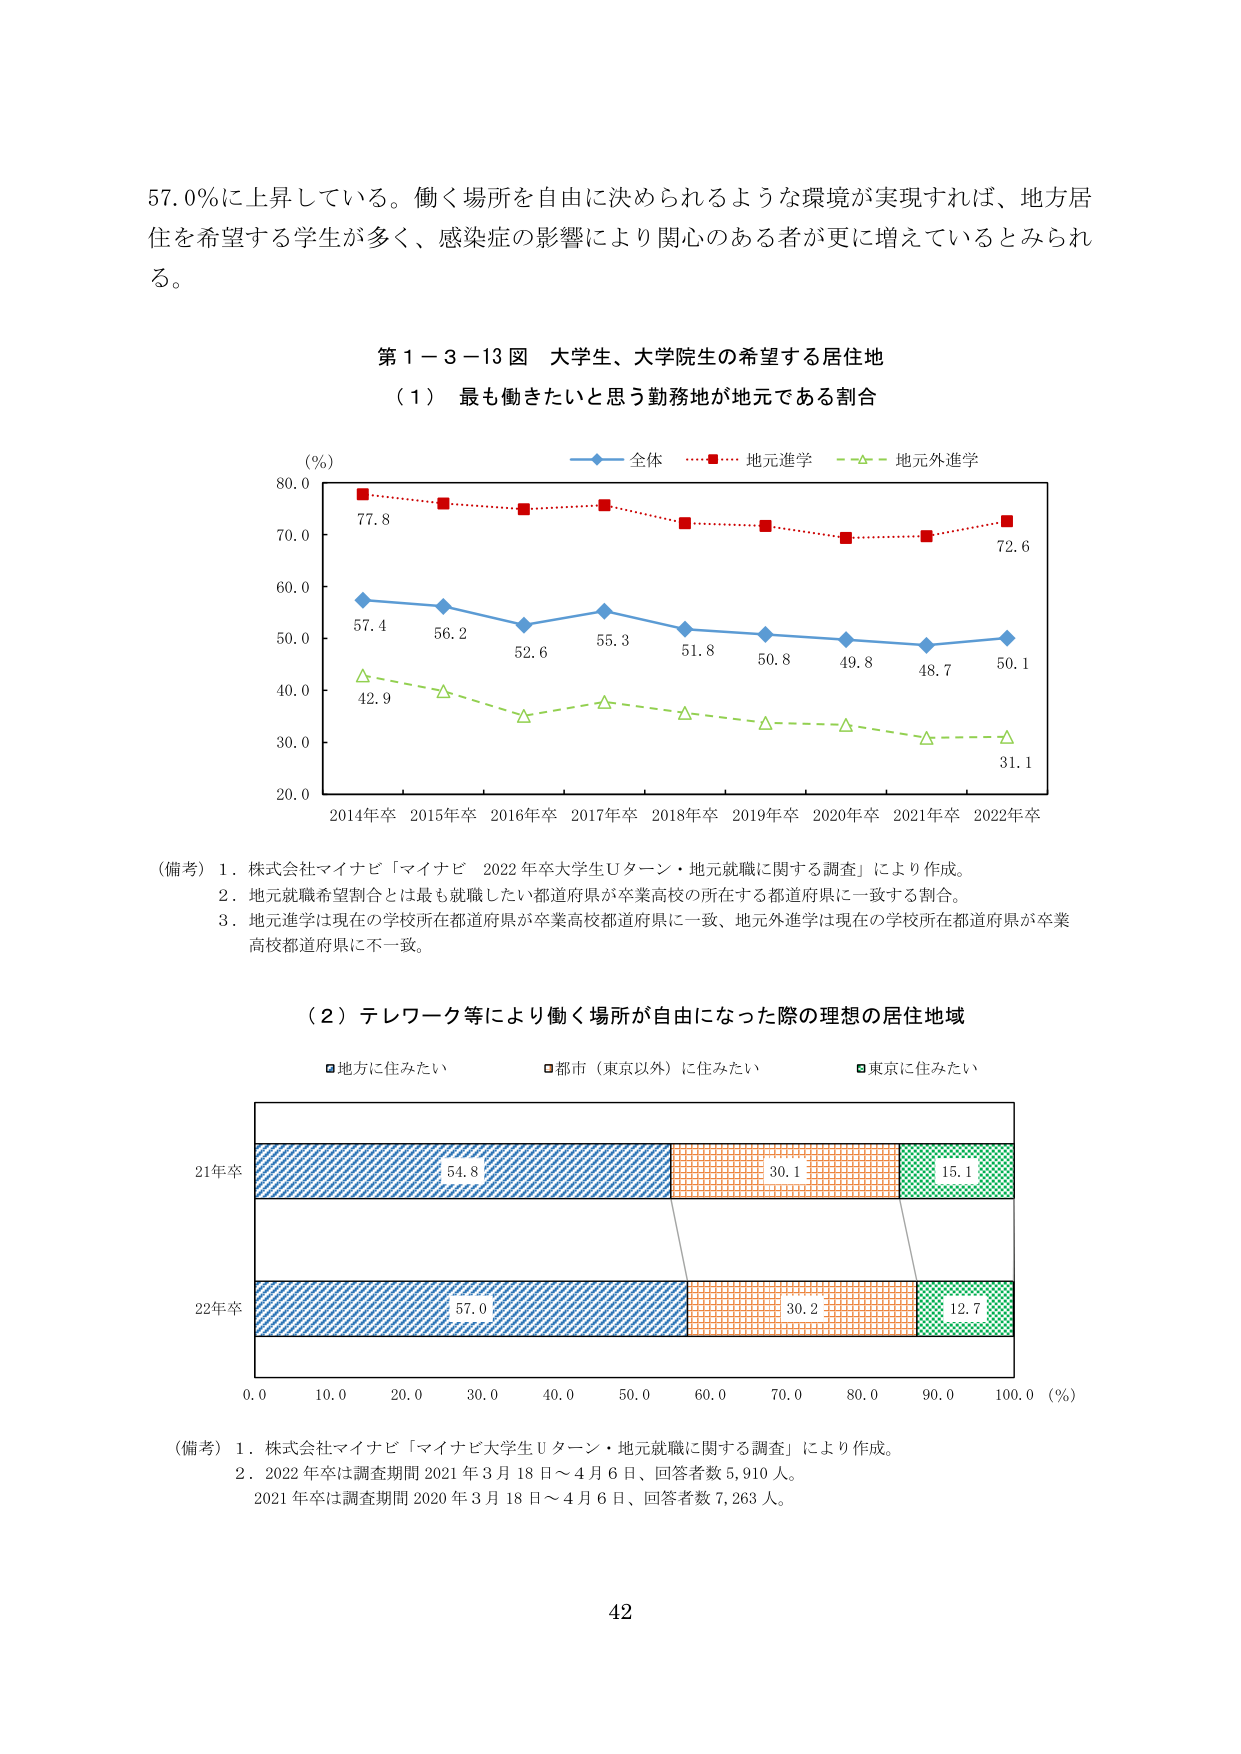
57.0%に上昇している。働く場所を自由に決められるような環境が実現すれば、地方居住を希望する学生が多く、感染症の影響により関心のある者が更に増えているとみられる。

第１－３－13図 大学生、大学院生の希望する居住地

（１）最も働きたいと思う勤務地が地元である割合

（%）
80.0
77.8
70.0
60.0
57.4
56.2
52.6
55.3
51.8
50.8
49.8
48.7
50.1
72.6
42.9
40.0
30.0
20.0
2014年卒 2015年卒 2016年卒 2017年卒 2018年卒 2019年卒 2020年卒 2021年卒 2022年卒

（備考）1．株式会社マイナビ「マイナビ 2022年卒大学生Uターン・地元就職に関する調査」により作成。
2．地元就職希望割合とは最も就職したい都道府県が卒業高校の所在する都道府県に一致する割合。
3．地元進学は現在の学校所在都道府県が卒業高校都道府県に一致、地元外進学は現在の学校所在都道府県が卒業高校都道府県に不一致。

（２）テレワーク等により働く場所が自由になった際の理想の居住地域

■地方に住みたい ■都市（東京以外）に住みたい ■東京に住みたい

21年卒
54.8
30.1
15.1

22年卒
57.0
30.2
12.7

0.0 10.0 20.0 30.0 40.0 50.0 60.0 70.0 80.0 90.0 100.0（%）

（備考）1．株式会社マイナビ「マイナビ大学生Uターン・地元就職に関する調査」により作成。
2．2022年卒は調査期間2021年3月18日～4月6日、回答者数5,910人。
2021年卒は調査期間2020年3月18日～4月6日、回答者数7,263人。

42